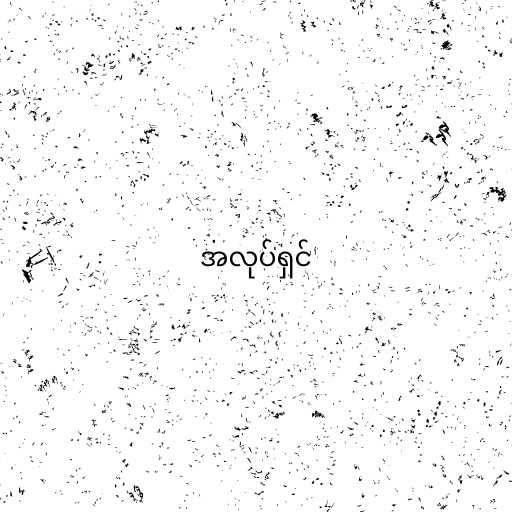
အလုပ်ရှင်